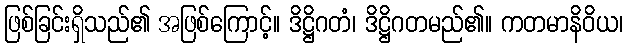
ဖြစ်ခြင်းရှိသည်၏ အဖြစ်ကြောင့်။ ဒိဋ္ဌိဂတံ၊ ဒိဋ္ဌိဂတမည်၏။ ကတမာနိဝိယ၊